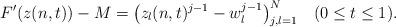
LaTeX: \begin{align*}F'(z(n,t))-M=\bigl(z_l(n,t)^{j-1}-w_l^{j-1}\bigr)_{j,l=1}^N\quad(0\leq t\leq 1).\end{align*}